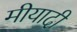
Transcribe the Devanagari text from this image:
मीयादी